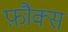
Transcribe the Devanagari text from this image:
फ़ौक्स